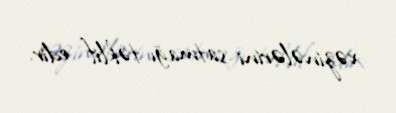
xəzinələrini satmağı təklif edir.